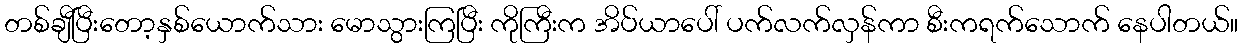
တစ်ချီပြီးတော့နှစ်ယောက်သား မောသွားကြပြီး ကိုကြီးက အိပ်ယာပေါ် ပက်လက်လှန်ကာ စီးကရက်သောက် နေပါတယ်။